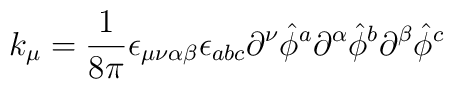
k_{\mu} = {1 \over 8 \pi} \epsilon_{\mu \nu \alpha \beta} \epsilon _{abc} \partial ^{\nu} {\hat \phi} ^a \partial ^{\alpha} {\hat \phi} ^b \partial ^{\beta} {\hat \phi} ^c